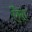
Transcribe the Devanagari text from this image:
ऐंसा